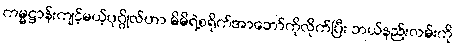
ကမ္မဋ္ဌာန်းကျင့်မယ့်ပုဂ္ဂိုလ်ဟာ မိမိရဲ့စရိုက်အာဘော်ကိုလိုက်ပြီး ဘယ်နည်းလမ်းကို